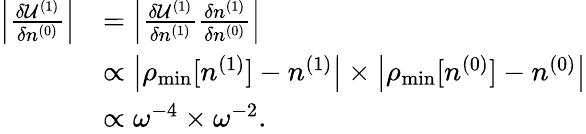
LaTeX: \begin{array}{rl}{\left\vert\frac{\delta{\cal U}^{(1)}}{\delta n^{(0)}}\right\vert}&{=\left\vert\frac{\delta{\cal U}^{(1)}}{\delta n^{(1)}}\frac{\delta n^{(1)}}{\delta n^{(0)}}\right\vert}\\ &{\propto\left\vert\rho_{\mathrm{min}}[n^{(1)}]-n^{(1)}\right\vert\times\left\vert\rho_{\mathrm{min}}[n^{(0)}]-n^{(0)}\right\vert}\\ &{\propto\omega^{-4}\times\omega^{-2}.}\end{array}